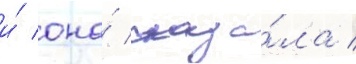
и́ она́ сказа́ла /